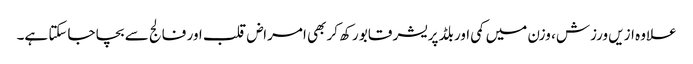
علاوہ ازیں ورزش، وزن میں کمی اور بلڈ پریشر قابو رکھ کر بھی امراض قلب اور فالج سے بچا جاسکتا ہے۔